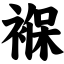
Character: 褓